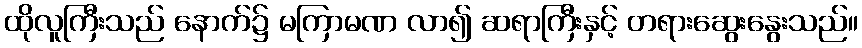
ထိုလူကြီးသည် နောက်၌ မကြာမဏ လာ၍ ဆရာကြီးနှင့် တရားဆွေးနွေးသည်။